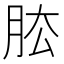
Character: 𦚁